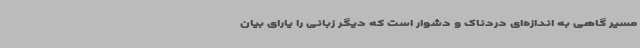
مسیر گاهی به اندازه‌ای دردناک و دشوار است که دیگر زبانی را یارای بیان